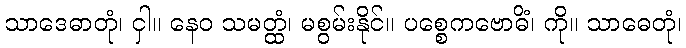
သာဒေဓာတုံ၊ ငှါ။ နေဝ သမတ္ထံ၊ မစွမ်းနိုင်။ ပစ္စေကဗောဓိံ၊ ကို။ သာဓေတုံ၊